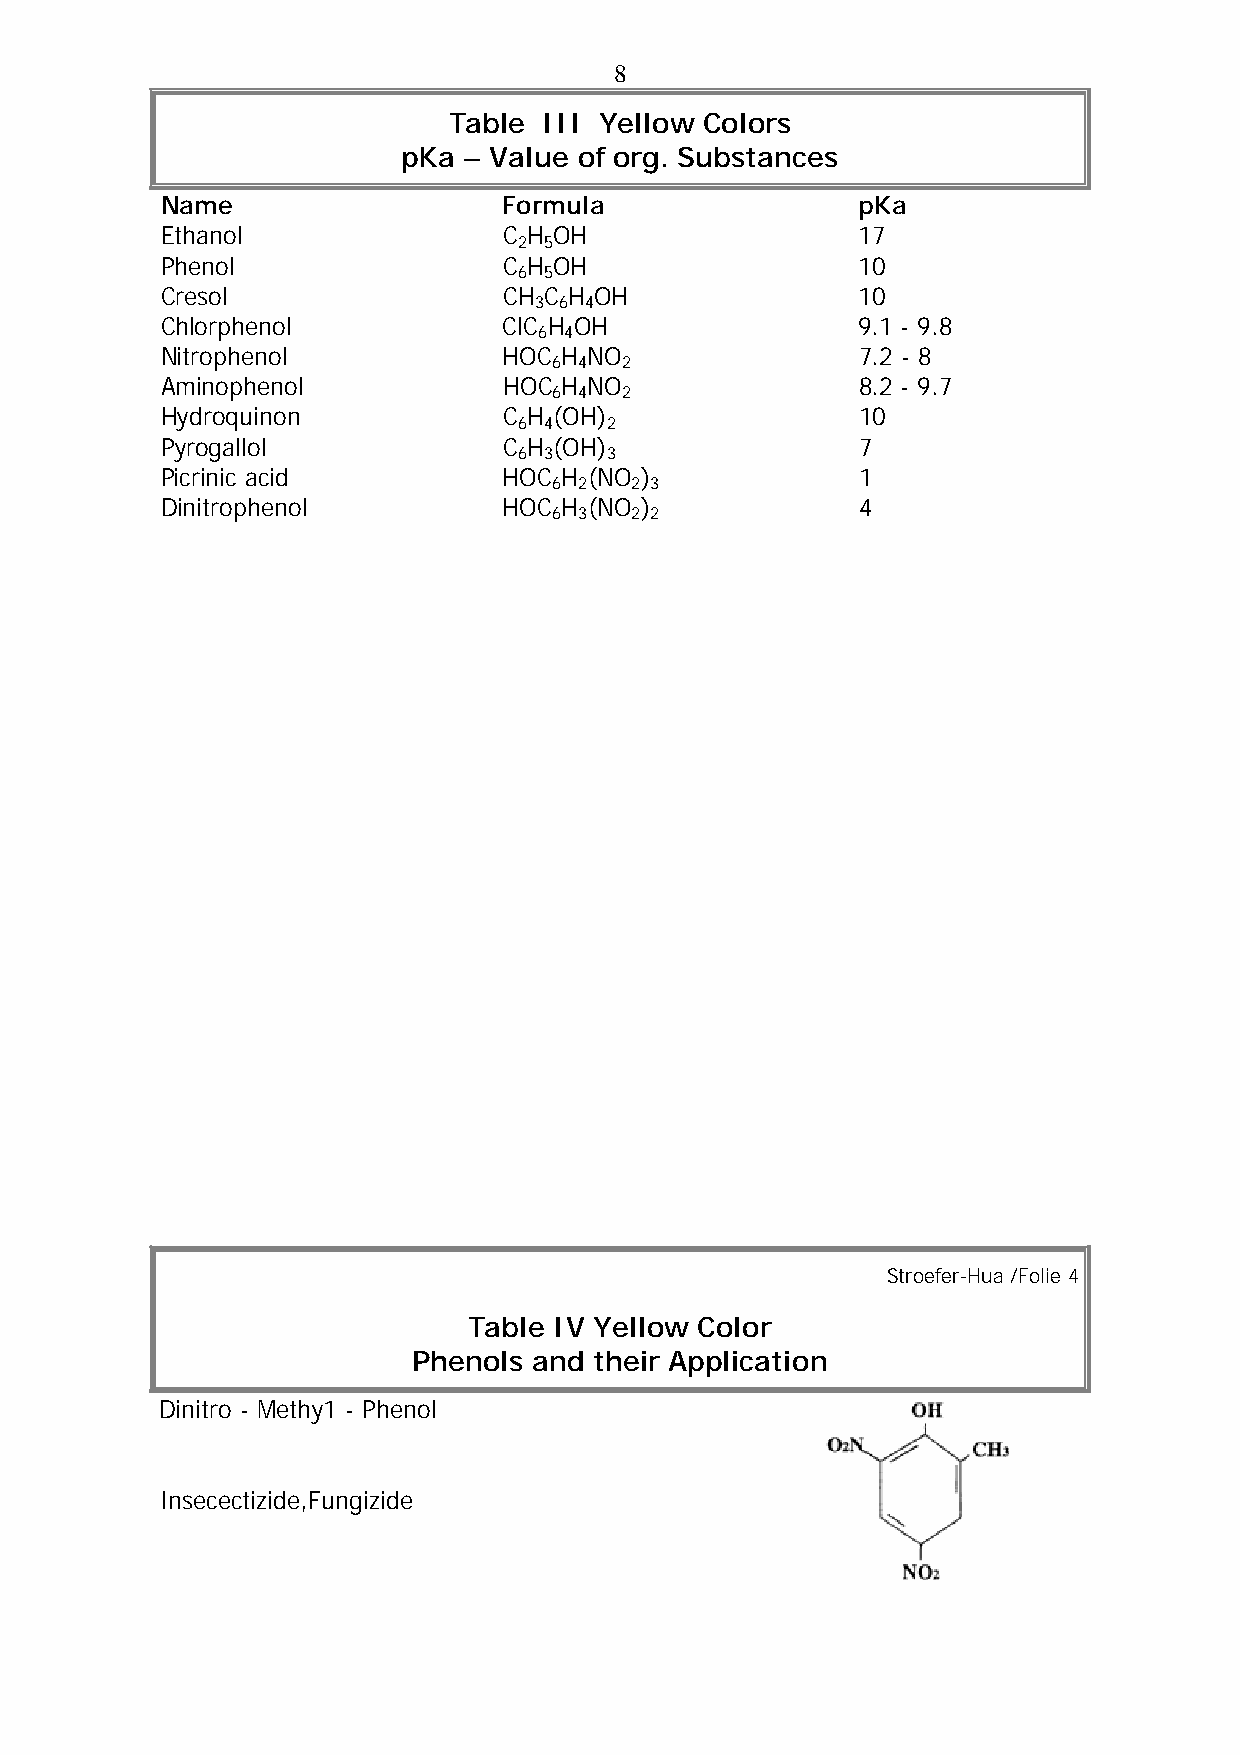
8
 Table III Yellow Colors
 pKa – Value of org. Substances
 Name                  Formula                 pKa
 Ethanol               C H OH                  17
 2 5
 Phenol                C H OH                  10
 6 5
 Cresol                CH C H OH               10
 3 6 4
 Chlorphenol           ClC H OH                9.1 - 9.8
 6 4
 Nitrophenol           HOC H NO                7.2 - 8
 6 4 2
 Aminophenol           HOC H NO                8.2 - 9.7
 6 4 2
 Hydroquinon           C H (OH)                10
 6 4   2
 Pyrogallol            C H (OH)                7
 6 3   3
 Picrinic acid         HOC H (NO )             1
 6 2  2 3
 Dinitrophenol         HOC H (NO )             4
 6 3  2 2
 Stroefer-Hua /Folie 4
 Table IV Yellow Color
 Phenols and their Application
 Dinitro - Methy1 - Phenol
 Insecectizide,Fungizide